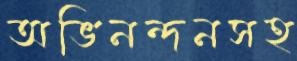
অভিনন্দনসহ